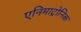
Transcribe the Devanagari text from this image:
एनिमाट्रोनिक